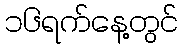
၁၆ရက်နေ့တွင်